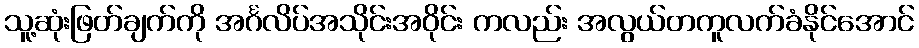
သူ့ဆုံးဖြတ်ချက်ကို အင်္ဂလိပ်အသိုင်းအဝိုင်း ကလည်း အလွယ်တကူလက်ခံနိုင်အောင်